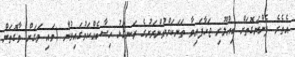
އެތެރެ ފެންނަގޮތަށް ބިއްލޫރި ޖަހާފައިވާ ތަނަކަށްވުންރަށުގެ ރަނގަޅު ހިސާބެއްކަމުގައިވުން (މައި މަގަށް ވާގޮތަށް